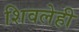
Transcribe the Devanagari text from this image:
शिवलेही